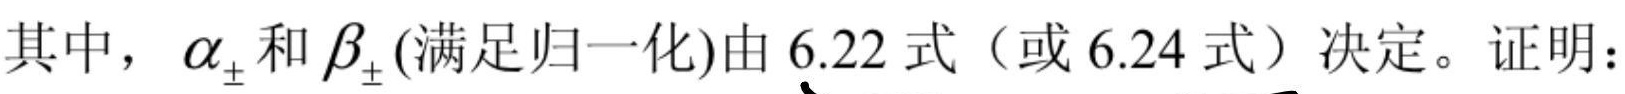
其中，$\alpha_{\pm}$ 和 $\beta_{\pm}$ (满足归一化)由 6.22 式（或 6.24 式）决定。证明：